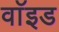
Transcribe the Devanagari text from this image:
वाॅइड